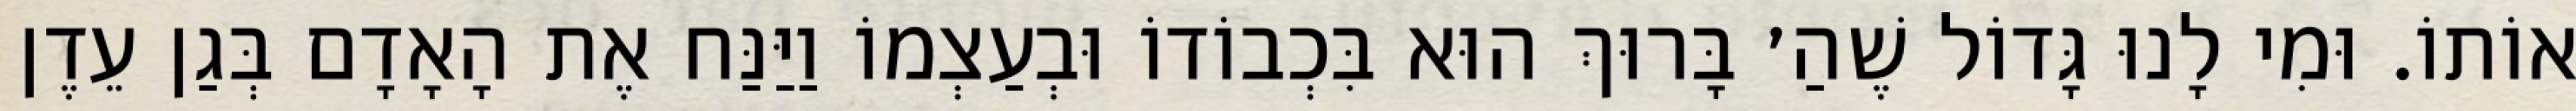
אוֹתוֹ. וּמִי לָנוּ גָּדוֹל שֶׁהַ׳ בָּרוּךְ הוּא בִּכְבוֹדוֹ וּבְעַצְמוֹ וַיַּנַּח אֶת הָאָדָם בְּגַן עֵדֶן